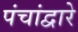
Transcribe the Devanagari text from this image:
पंचांद्वारे